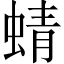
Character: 蜻